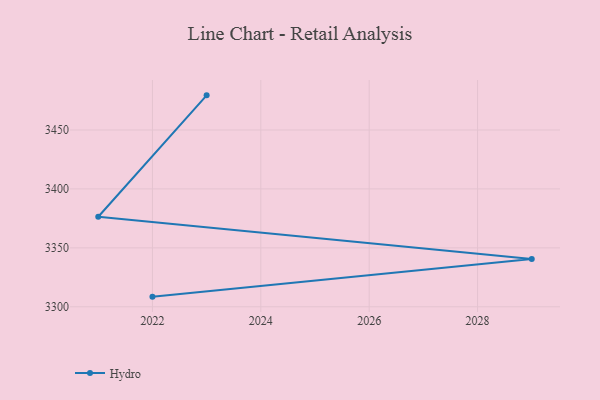
{"axis": {"x": "Year", "y": "Churn Rate (%)"}, "legend": ["Hydro"], "data": [{"x": "2022", "y": 3308.6, "type": "Hydro"}, {"x": "2029", "y": 3340.5, "type": "Hydro"}, {"x": "2021", "y": 3376.4, "type": "Hydro"}, {"x": "2023", "y": 3479.4, "type": "Hydro"}]}